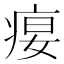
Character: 𰣭